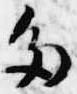
多